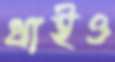
ধাইও